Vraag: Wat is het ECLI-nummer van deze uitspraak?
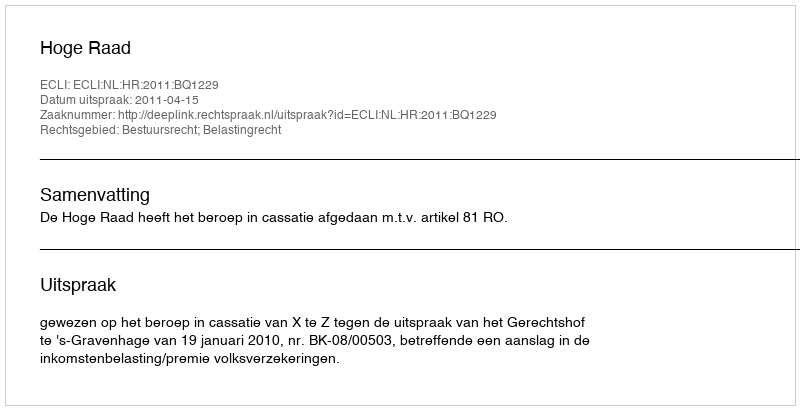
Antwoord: ECLI:NL:HR:2011:BQ1229